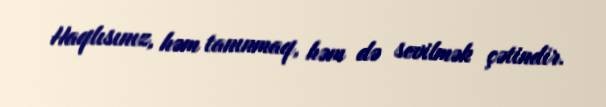
Haqlısınız, həm tanınmaq, həm də sevilmək çətindir.